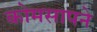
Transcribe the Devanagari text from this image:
कोमसापने